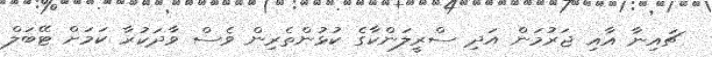
ޗައިނާ އާއި ޖަރުމަން އަދި ސްރީލަންކާގެ ކުޅުންތެރިން ވެސް ވާދަކުރާ ކަމަށް ޓޭބަލް